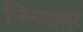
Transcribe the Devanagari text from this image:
निनसुबुर